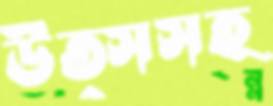
উত্সসহ